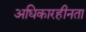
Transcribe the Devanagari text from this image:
अधिकारहीनता